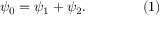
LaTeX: \psi _ { 0 } = \psi _ { 1 } + \psi _ { 2 } . \qquad \qquad ( 1 )